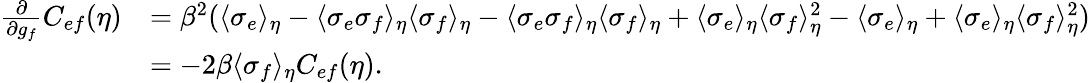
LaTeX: \begin{array}{rl}{\frac{\partial}{\partial g_{f}}C_{ef}(\eta)}&{=\beta^{2}(\langle\sigma_{e}\rangle_{\eta}-\langle\sigma_{e}\sigma_{f}\rangle_{\eta}\langle\sigma_{f}\rangle_{\eta}-\langle\sigma_{e}\sigma_{f}\rangle_{\eta}\langle\sigma_{f}\rangle_{\eta}+\langle\sigma_{e}\rangle_{\eta}\langle\sigma_{f}\rangle_{\eta}^{2}-\langle\sigma_{e}\rangle_{\eta}+\langle\sigma_{e}\rangle_{\eta}\langle\sigma_{f}\rangle_{\eta}^{2})}\\ &{=-2\beta\langle\sigma_{f}\rangle_{\eta}C_{ef}(\eta).}\end{array}